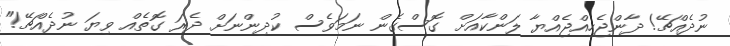
ނުދެއްޗޭ! ދާންޖެހިއްޖެއްޔާ ލަންކާއަށް ގޮސްގެން ނަމަވެސް ކުދިންނަށް ދެރަ ގޮތެއް ވިޔަ ނުދެއްޗޭ!"